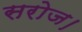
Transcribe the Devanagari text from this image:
सरोज।